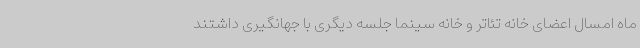
ماه امسال اعضای خانه تئاتر و خانه سینما جلسه دیگری با جهانگیری داشتند